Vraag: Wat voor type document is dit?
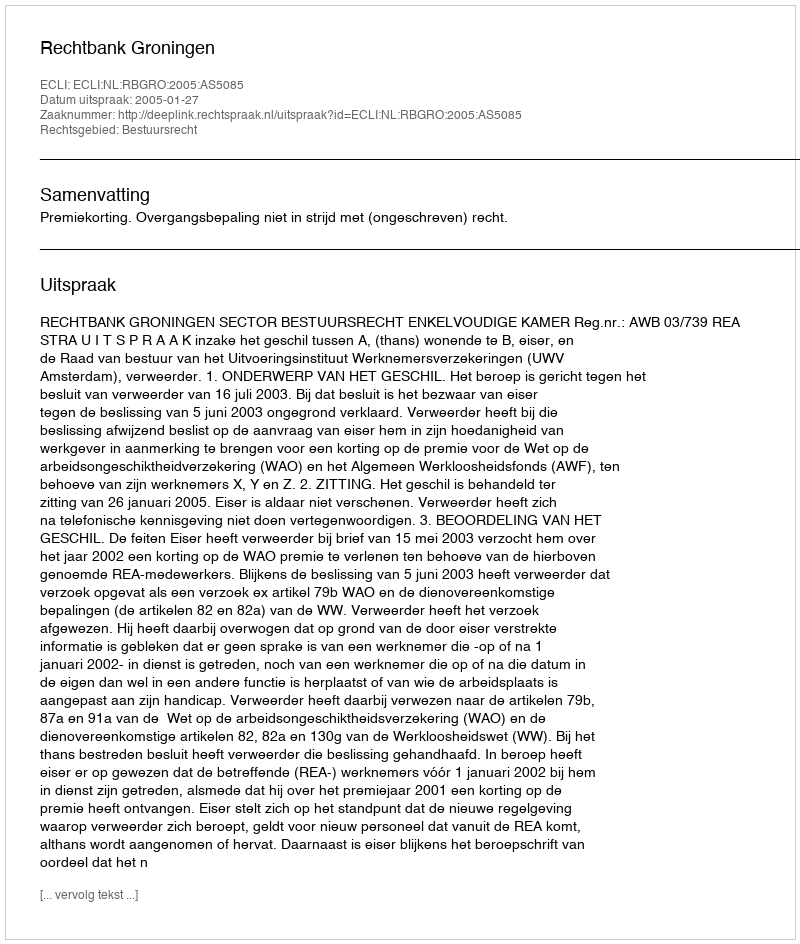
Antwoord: Uitspraak